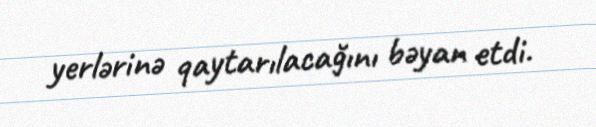
yerlərinə qaytarılacağını bəyan etdi.